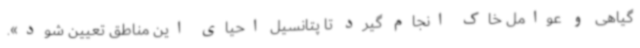
گیاهی و عوامل خاک انجام گیرد تا پتانسیل احیای این مناطق تعیین شود».